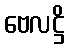
ဗေလဋ္ဌိ